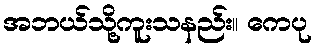
အဘယ်သို့ကူးသနည်း။ ကေပု